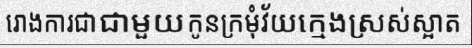
រោងការជាជាមួយកូនក្រមុំវ័យក្មេងស្រស់ស្អាត